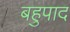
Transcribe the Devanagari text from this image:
बहुपाद